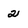
Character: 2